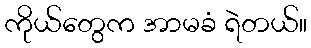
ကိုယ်တွေက အာမခံ ရဲတယ်။